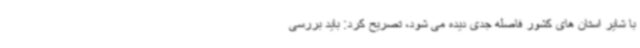
با شایر استان های کشور فاصله جدی دیده می شود، تصریح کرد: باید بررسی